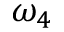
\omega _ { 4 }